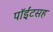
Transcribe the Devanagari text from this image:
पॉईंटसह